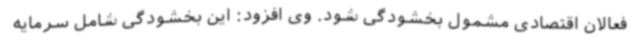
فعالان اقتصادی مشمول بخشودگی شود. وی افزود: این بخشودگی شامل سرمایه